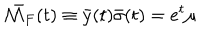
LaTeX: \bar { { \cal M } _ { F } } ( t ) \equiv \bar { y } ( t ) \bar { \sigma } ( t ) = e ^ { t } \mu